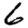
Digit: 6